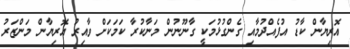
އޮރިޔާން ކާޑު އުފެއްދުމާއި ގެންގުޅުމަކީ ގާނޫނުން މަނާކުރާ ކަމަކަށް ވާއިރު އޮރިޔާން މަންޒަރު